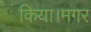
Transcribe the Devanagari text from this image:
किया।मगर